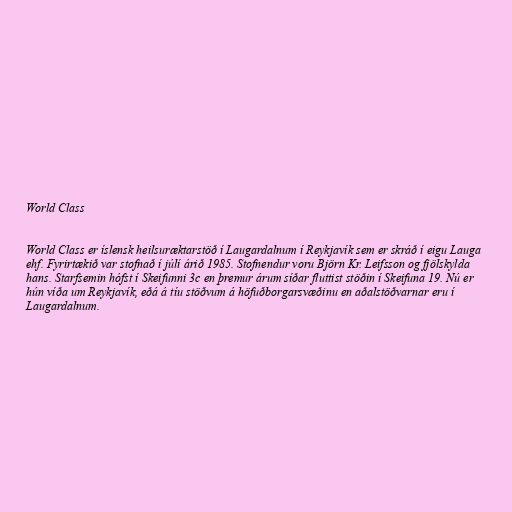
World Class

World Class er íslensk heilsuræktarstöð í Laugardalnum í Reykjavík sem er skráð í eigu Lauga
ehf. Fyrirtækið var stofnað í júlí árið 1985. Stofnendur voru Björn Kr. Leifsson og fjölskylda
hans. Starfsemin hófst í Skeifunni 3c en þremur árum síðar fluttist stöðin í Skeifuna 19. Nú er
hún víða um Reykjavík, eðá á tíu stöðvum á höfuðborgarsvæðinu en aðalstöðvarnar eru í
Laugardalnum.